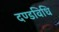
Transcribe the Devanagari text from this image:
दण्डविधि